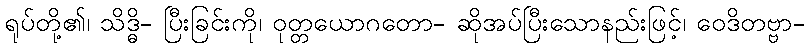
ရုပ်တို့၏၊ သိဒ္ဓိ- ပြီးခြင်းကို၊ ဝုတ္တယောဂတော- ဆိုအပ်ပြီးသောနည်းဖြင့်၊ ဝေဒိတဗ္ဗာ-